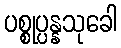
ပစ္စုပ္ပန္နသုခေါ